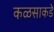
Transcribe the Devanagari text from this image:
कळसाकडे